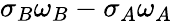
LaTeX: \sigma_{B}\omega_{B}-\sigma_{A}\omega_{A}